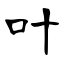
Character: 叶